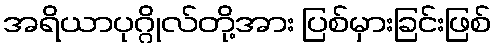
အရိယာပုဂ္ဂိုလ်တို့အား ပြစ်မှားခြင်းဖြစ်